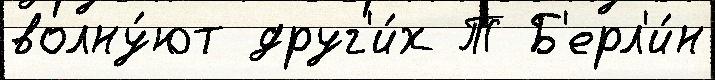
волну́ют друг'и́х Т Б'ерл'и́н